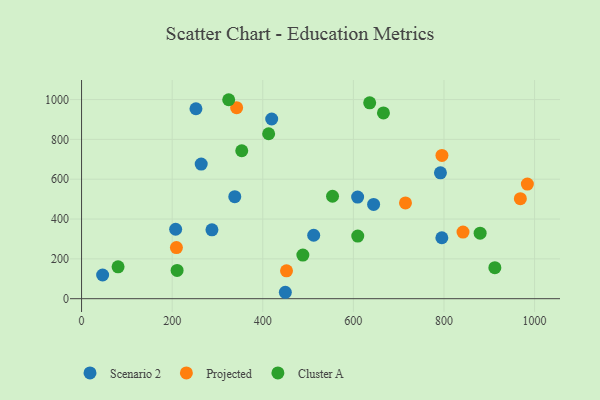
{"axis": {"x": "Distance", "y": "Demand"}, "legend": ["Cluster A", "Projected", "Scenario 2"], "data": [{"x": "644.7", "y": 473.4, "type": "Scenario 2"}, {"x": "792.2", "y": 632.1, "type": "Scenario 2"}, {"x": "287.8", "y": 345.6, "type": "Scenario 2"}, {"x": "207.7", "y": 348.7, "type": "Scenario 2"}, {"x": "252.5", "y": 953.9, "type": "Scenario 2"}, {"x": "419.7", "y": 902.5, "type": "Scenario 2"}, {"x": "512.4", "y": 318.5, "type": "Scenario 2"}, {"x": "449.8", "y": 32.2, "type": "Scenario 2"}, {"x": "795.3", "y": 306.1, "type": "Scenario 2"}, {"x": "609.4", "y": 510.1, "type": "Scenario 2"}, {"x": "264.1", "y": 676.0, "type": "Scenario 2"}, {"x": "46.5", "y": 119.0, "type": "Scenario 2"}, {"x": "338.2", "y": 512.4, "type": "Scenario 2"}, {"x": "984.1", "y": 575.8, "type": "Projected"}, {"x": "452.4", "y": 140.1, "type": "Projected"}, {"x": "342.3", "y": 959.2, "type": "Projected"}, {"x": "209.4", "y": 256.5, "type": "Projected"}, {"x": "715.0", "y": 480.7, "type": "Projected"}, {"x": "842.0", "y": 334.5, "type": "Projected"}, {"x": "795.5", "y": 719.5, "type": "Projected"}, {"x": "968.6", "y": 502.4, "type": "Projected"}, {"x": "666.4", "y": 932.7, "type": "Cluster A"}, {"x": "554.0", "y": 514.4, "type": "Cluster A"}, {"x": "636.0", "y": 983.5, "type": "Cluster A"}, {"x": "353.6", "y": 742.9, "type": "Cluster A"}, {"x": "80.6", "y": 160.2, "type": "Cluster A"}, {"x": "210.9", "y": 141.9, "type": "Cluster A"}, {"x": "609.7", "y": 314.3, "type": "Cluster A"}, {"x": "324.8", "y": 999.2, "type": "Cluster A"}, {"x": "413.0", "y": 828.3, "type": "Cluster A"}, {"x": "912.3", "y": 155.5, "type": "Cluster A"}, {"x": "879.8", "y": 329.0, "type": "Cluster A"}, {"x": "488.5", "y": 219.0, "type": "Cluster A"}]}